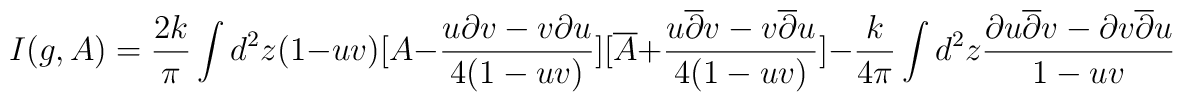
I(g,A)= \frac {2k}{\pi } \int d^2 z (1-uv) [A- \frac {u \partial v - v\partial u }{ 4(1-uv)} ][ \overline {A} + \frac {u \overline {\partial} v - v \overline{\partial } u}{ 4 (1-uv)} ]-\frac {k}{4 \pi} \int d^2 z \frac { \partial u \overline {\partial } v -\partial v \overline {\partial } u}{ 1-uv}